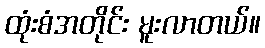
ထုံးစံအတိုင်း မူးလာတယ်။